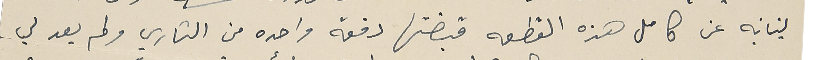
لبنانيه عن كامل هذه القطعه قبضتها دفعه واحده من الشاري ولم يعد لي